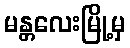
မန္တလေးမြို့မှ